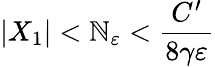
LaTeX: |X_{1}|<\mathbb{N}_{\varepsilon}<\frac{{C^{\prime}}}{{8\gamma\varepsilon}}